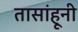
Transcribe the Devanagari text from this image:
तासांहूनी